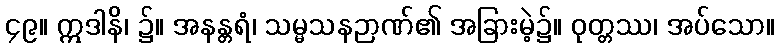
၄၉။ ဣဒါနိ၊ ၌။ အနန္တရံ၊ သမ္မသနဉာဏ်၏ အခြားမဲ့၌။ ဝုတ္တဿ၊ အပ်သော။